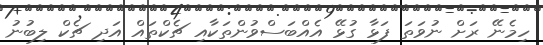
ހިމެނޭ ރަށް ނުވަތަ ފަޅާ ގުޅޭ އެއްބަސްވުންތަކާއި ޗެކްތައް އަދި ޗެކް ލިބުނު